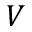
V